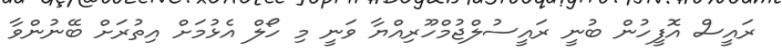
ރައީސް އޮފީހުން ބުނީ ރައީސުލްޖުމްހޫރިއްޔާ ވަނީ މި ހޯލް އެޅުމަށް އިތުރަށް ބޭނުންވާ